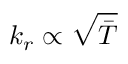
k _ { r } \propto \sqrt { \bar { T } }